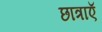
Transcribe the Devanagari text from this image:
छात्राएॅ